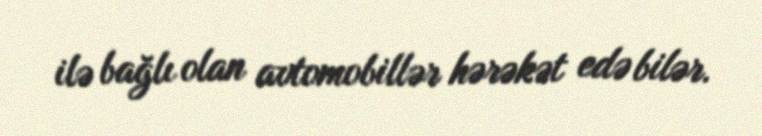
ilə bağlı olan avtomobillər hərəkət edə bilər.